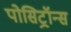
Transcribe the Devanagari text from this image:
पोसिट्रॉन्स